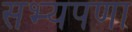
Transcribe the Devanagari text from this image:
सभ्यपणा